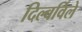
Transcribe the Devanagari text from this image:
दिल्बर्विले